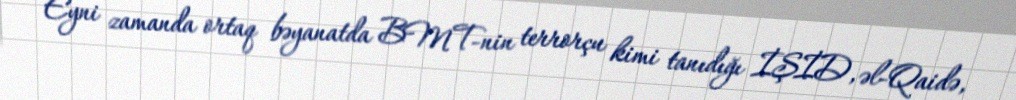
Eyni zamanda ortaq bəyanatda BMT-nin terrorçu kimi tanıdığı İŞİD, əl-Qaidə,